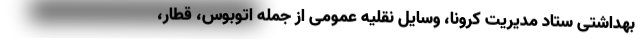
بهداشتی ستاد مدیریت کرونا، وسایل نقلیه عمومی از جمله اتوبوس، قطار،